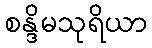
စန္ဒိမသုရိယာ